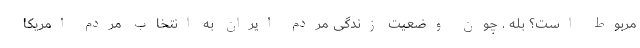
مربوط است؟ بله . چون وضعیت زندگی مردم ایران به انتخاب مردم امریکا